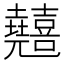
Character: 𠓘